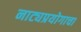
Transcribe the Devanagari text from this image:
नाट्यप्रयोगाचा